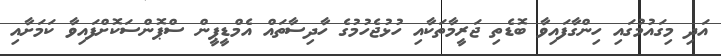
އަދި މިގައުމުގައި ހިންގާފައިވާ ބޮޑެތި ޖަރީމާތަކާއި ހުޅުޖެހުމުގެ ހާދިސާތައް އެމްޑީޕީން ސްޕޮންސަކޮށްފައިވާ ކަމަށާއި